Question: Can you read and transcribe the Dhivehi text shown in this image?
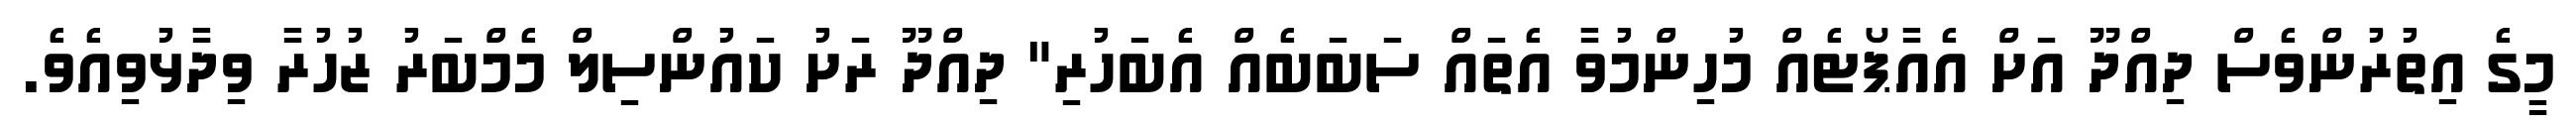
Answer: މީގެ އިތުރުންވެސް ދިއްދޫ އަށް އެއާޕޯޓެއް މުހިންމުވާ އެތައް ސަބަބެއް އެބަހުރި" ދިއްދޫ ރަށު ކައުންސިލް މެމްބަރު ޒުހުރާ ވިދާޅުވިއެވެ.